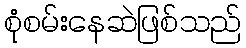
စုံစမ်းနေဆဲဖြစ်သည်